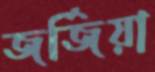
জর্জিয়া